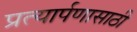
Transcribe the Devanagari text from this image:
प्रत्यार्पणासाठी